Vaccination United Provinces of Agra and Oudh 1923-1928 - 1923-1928
Year: 1923
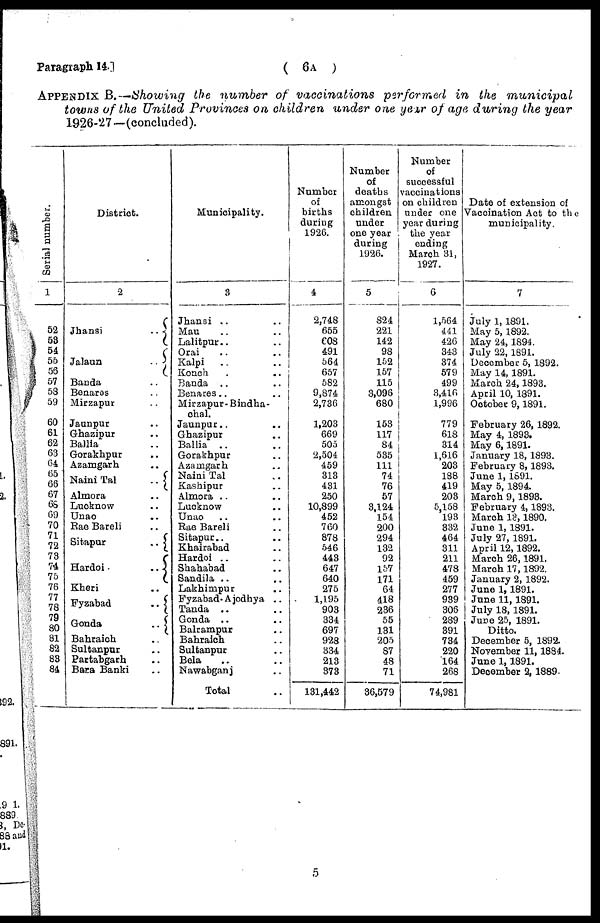
Paragraph 14.]
( 6A )
APPENDIX B.—Showing the number of vaccinations
performed in the
municipal
towns of the United Provinces on children under one year of age during the year
1926-27—(concluded).
Serial number.
1
52
53
54
55
56
57
58
59
60
61
62
63
64
65
66
67
68
69
70
71
72
73
74
75
76
77
78
79
80
81
82
83
84
District.
2
Jhansi
..
Jalaun
..
Banda ..
Benares ..
Mirzapur ..
Jaunpur ..
Ghazipur ..
Ballia ..
Gorakhpur ..
Azamgarh ..
Naini Tal
..
Almora ..
Lucknow ..
Unao ..
Rae Bareli ..
Sitapur
..
Hardoi
..
Kheri ..
Fyzabad
..
Gonda
..
Bahraich ..
Sultanpur ..
Partabgarh ..
Bara Banki ..
Municipality.
3
Jhansi .. ..
Mau .. ..
Lalitpur.. ..
Orai .. ..
Kalpi .. ..
Konch .. ..
Banda .. ..
Benares .. ..
Mirzapur- Bindha¬
chal.
Jaunpur .. ..
Ghazipur ..
Ballia .. ..
Gorakhpur ..
Azamgarh ..
Naini Tal ..
Kashipur ..
Almora ..
Lucknow ..
Unao ..
Rae Bareli ..
Sitapur .. ..
Khairabad ..
Hardoi .. ..
Shahabad ..
Sandila .. ..
Lakhimpur ..
Fyzabad- A jodhya ..
Tanda .. ..
Gonda .. ..
Balrampur ..
Bahraich ..
Sultanpur ..
Bela .. ..
Nawabganj ..
Total ..
Number
of
births
during
1926.
4
2,748
655
608
491
564
657
582
9,874
2,736
1,203
669
505
2,504
459
313
431
250
10,899
452
760
878
546
443
647
640
275
1,195
903
334
697
928
334
213
373
131,442
Number
of
deaths
amongst
children
under
one year
during
1926.
5
824
221
142
98
152
157
115
3,096
680
153
117
84
535
111
74
76
57
3,124
154
200
294
132
92
157
171
64
418
236
55
131
205
87
48
71
36,579
Number
of
successful
vaccinations
on children
under one
year during
the year
ending
March 31,
1927.
6
1,564
441
426
343
374
579
499
3,416
1,996
779
618
314
1,616
203
188
419
203
5,158
193
332
464
311
211
478
459
277
939
306
289
391
734
220
164
268
74,981
Date of extension of
Vaccination Act to the
municipality.
7
July 1, 1891.
May 5, 1892.
May 24, 1894.
July 22, 1891.
December 5, 1892.
May 14, 1891.
March 24, 1893.
April 10, 1891.
October 9,1891.
February 26, 1892.
May 4, 1893.
May 6,1891.
January 18, 1893.
February 8, 1893.
June 1, 1891.
May 5, 1894.
March 9, 1893.
February 4,1893.
March 13,1890.
June 1,1891.
July 27, 1891.
April 12,1892.
March 26,1891.
March 17,1892.
January 2, 1892.
June 1,1891.
June 11, 1891.
July 18, 1891.
June 25, 1891.
Ditto.
December 5, 1892.
November 11, 1884.
June 1,1891.
December 2,1889.
5